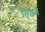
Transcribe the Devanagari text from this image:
तिउन